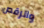
والرقص